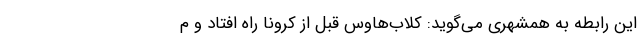
این رابطه به همشهری می‌گوید: کلاب‌هاوس قبل از کرونا راه افتاد و م